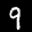
Label: 9